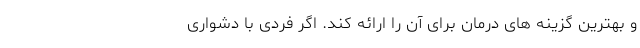
و بهترین گزینه های درمان برای آن را ارائه کند. اگر فردی با دشواری